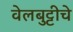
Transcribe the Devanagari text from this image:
वेलबुट्टीचे